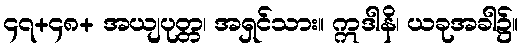
၄၇+၄၈+ အယျပုတ္တ၊ အရှင်သား။ ဣဒါနိ၊ ယခုအခါ၌။